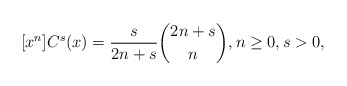
\begin{align*}[x^n]C^s(x) = \frac{s}{2n+s} \binom{2n+s}{n}, n \geq 0, s >0,\end{align*}